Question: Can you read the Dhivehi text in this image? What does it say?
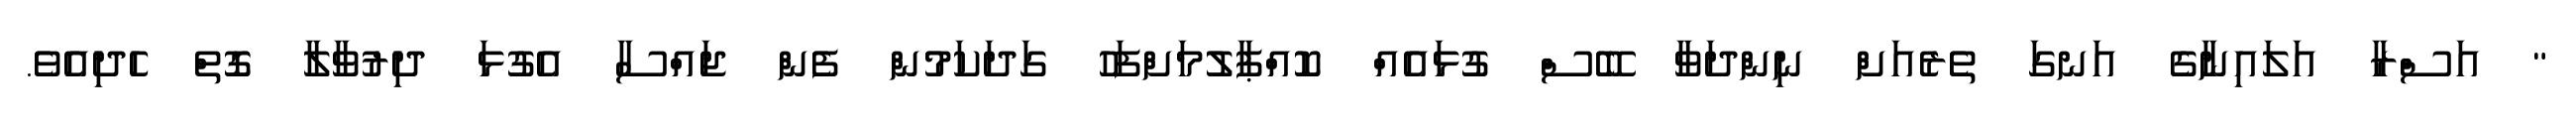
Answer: " އަސްރާ އަލައިނާގެ އަނގަ ތެރެއަށް ނިންދަވާ ބޭސް ގުޅައެއް ކޮއްޕާލުމަށްފަހު ގަދަކަމުން ފެން ޖައްސާ އެގުޅަ ދިރުވާލާ ގޮތް ހެދިއެވެ.